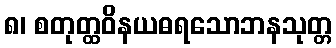
၈၊ စတုတ္ထဝိနယဓရသောဘနသုတ္တ